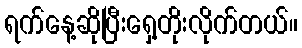
ရက်နေ့ဆိုပြီးရှေ့တိုးလိုက်တယ်။